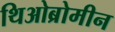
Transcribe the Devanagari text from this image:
थिओब्रोमीन